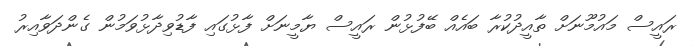
ރައީސް މައުމޫނަށް ތާއީދުކުރާ ބައެއް ބޭފުޅުން ރައީސް ޔާމީނަށް ފާޅުގައި ފާޑުވިދާޅުވަމުން ގެންދަވާއިރު